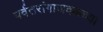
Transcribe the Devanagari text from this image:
पर्वतरांगाजवळच्या